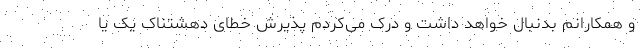
و همکارانم بدنبال خواهد داشت و درک می‌کردم پذیرش خطای دهشتناک یک یا